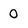
Character: O